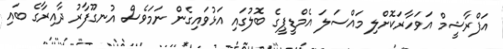
އަފްރާޝީމް އަވަހާރަކޮށްލި މައްސަލަ އެމްޑީޕީގެ ބޮލުގައި އަޅުވައިގެން ނަމަވެސް އުނގޫފާރު ދާއިރާގެ ބައި